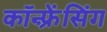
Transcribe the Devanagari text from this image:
कॉन्फ़्रेंसिंग